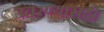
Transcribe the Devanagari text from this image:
उतरण्यासही